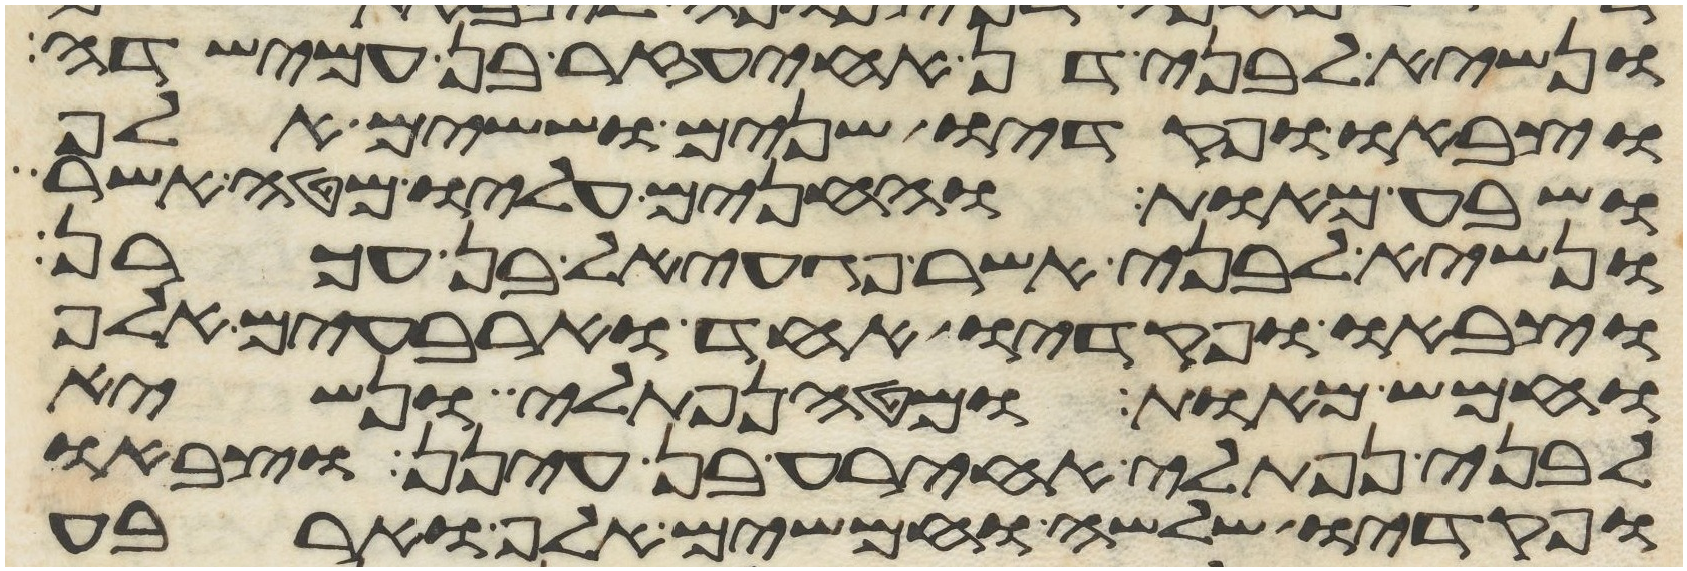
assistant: ונשיא לבני דן אחיעזר בן עמישדי
וצבאו ופקדיו שנים וששים אלף
ושבע מאות והחנים עליו מטה אשר
ונשיא לבני אשר פגעאל בן עכרן
וצבאו ופקדיו אחד וארבעים אלף
וחמש מאות ומטה נפתלי ונשיא
לבני נפתלי אחירע בן עינן וצבאו
ופקדיו שלשה וחמשים אלף וארבע